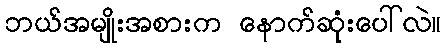
ဘယ်အမျိုးအစားက နောက်ဆုံးပေါ်လဲ။